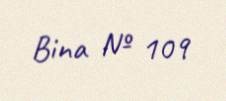
Bina № 109